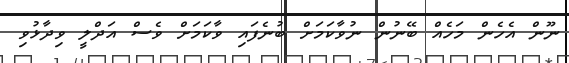
ނޫން އެހެން މަހެއް ބޭނުން ނުވާކަމަށް ބުނެފައި ވާކަމަށް ވެސް އަދްލީ ވިދާޅުވި